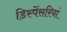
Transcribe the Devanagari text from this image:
डिस्पेंसरियां